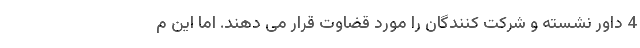
4 داور نشسته و شرکت کنندگان را مورد قضاوت قرار می دهند. اما این م